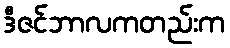
ဒီဇင်ဘာလကတည်းက